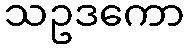
သဥဒကော